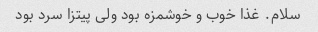
سلام. غذا خوب و خوشمزه بود ولی پیتزا سرد بود